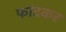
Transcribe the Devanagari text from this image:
फांदकर